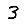
Digit: 3